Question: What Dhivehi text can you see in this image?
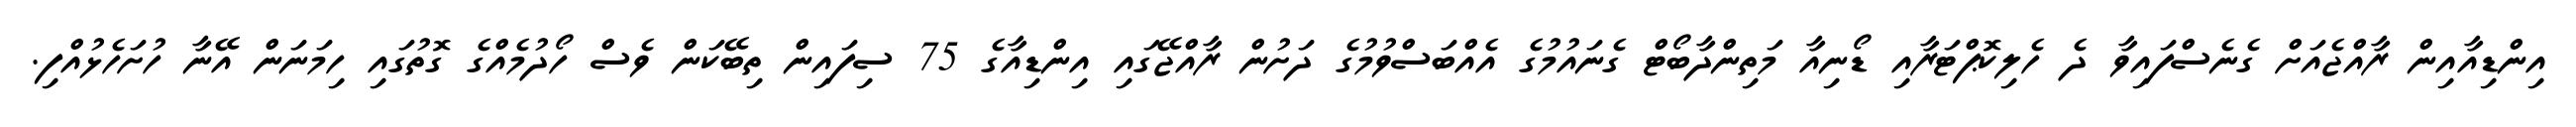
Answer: އިންޑިއާއިން ރާއްޖެއަށް ގެނެސްފައިވާ ދެ ހެލިކޮޕްޓަރާއި ޑޯނިއާ މަތިންދާބޯޓް ގެނައުމުގެ އެއްބަސްވުމުގެ ދަށުން ރާއްޖޭގައި އިންޑިއާގެ 75 ސިފައިން ތިބޭކަން ވެސް ހޯދުމެއްގެ ގޮތުގައި ހިމަނަން އޭނާ ހުށަހެޅުއްފި.